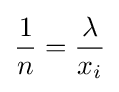
{\frac {1}{n}}={\frac {\lambda }{x_{i}}}